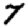
Digit: 7